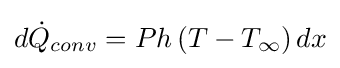
d{\dot {Q}}_{conv}=Ph\left(T-T_{\infty }\right)dx